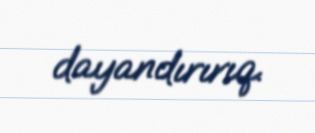
dayandırırıq.